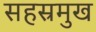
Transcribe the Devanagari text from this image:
सहस्रमुख